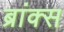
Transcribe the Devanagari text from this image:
ब्रांक्स